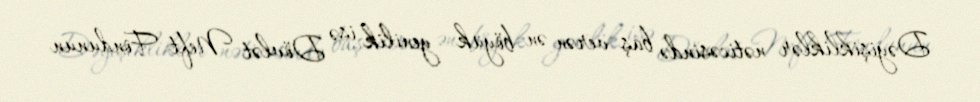
Dəyişikliklər nəticəsində baş verən ən böyük yenilik isə Dövlət Neft Fondunun